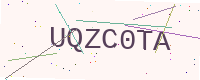
Text: UQZC0TA